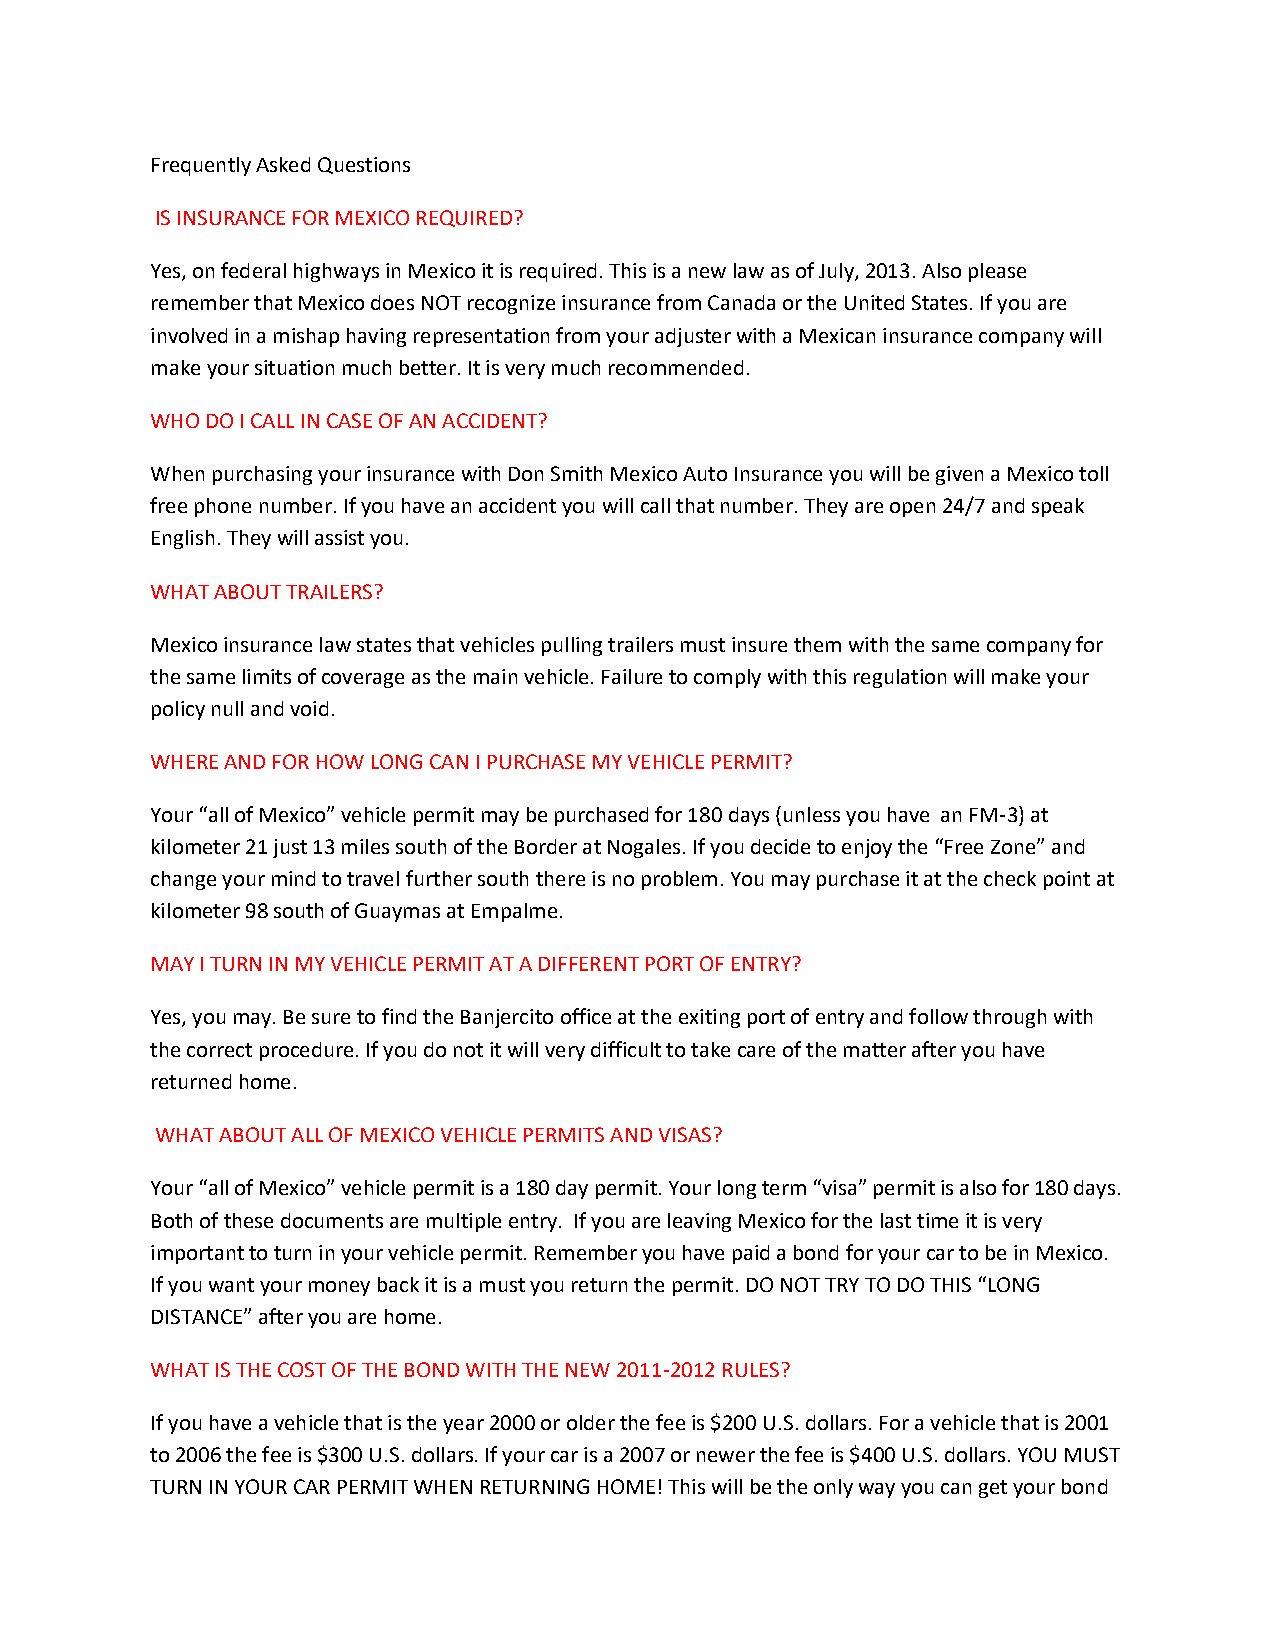
Frequently Asked Questions
 IS INSURANCE FOR MEXICO REQUIRED?
 Yes, on federal highways in Mexico it is required. This is a new law as of July, 2013. Also please
 remember that Mexico does NOT recognize insurance from Canada or the United States. If you are
 involved in a mishap having representation from your adjuster with a Mexican insurance company will
 make your situation much better. It is very much recommended.
 WHO DO I CALL IN CASE OF AN ACCIDENT?
 When purchasing your insurance with Don Smith Mexico Auto Insurance you will be given a Mexico toll
 free phone number. If you have an accident you will call that number. They are open 24/7 and speak
 English. They will assist you.
 WHAT ABOUT TRAILERS?
 Mexico insurance law states that vehicles pulling trailers must insure them with the same company for
 the same limits of coverage as the main vehicle. Failure to comply with this regulation will make your
 policy null and void.
 WHERE AND FOR HOW LONG CAN I PURCHASE MY VEHICLE PERMIT?
 Your “all of Mexico” vehicle permit may be purchased for 180 days (unless you have an FM-3) at
 kilometer 21 just 13 miles south of the Border at Nogales. If you decide to enjoy the “Free Zone” and
 change your mind to travel further south there is no problem. You may purchase it at the check point at
 kilometer 98 south of Guaymas at Empalme.
 MAY I TURN IN MY VEHICLE PERMIT AT A DIFFERENT PORT OF ENTRY?
 Yes, you may. Be sure to find the Banjercito office at the exiting port of entry and follow through with
 the correct procedure. If you do not it will very difficult to take care of the matter after you have
 returned home.
 WHAT ABOUT ALL OF MEXICO VEHICLE PERMITS AND VISAS?
 Your “all of Mexico” vehicle permit is a 180 day permit. Your long term “visa” permit is also for 180 days.
 Both of these documents are multiple entry. If you are leaving Mexico for the last time it is very
 important to turn in your vehicle permit. Remember you have paid a bond for your car to be in Mexico.
 If you want your money back it is a must you return the permit. DO NOT TRY TO DO THIS “LONG
 DISTANCE” after you are home.
 WHAT IS THE COST OF THE BOND WITH THE NEW 2011-2012 RULES?
 If you have a vehicle that is the year 2000 or older the fee is $200 U.S. dollars. For a vehicle that is 2001
 to 2006 the fee is $300 U.S. dollars. If your car is a 2007 or newer the fee is $400 U.S. dollars. YOU MUST
 TURN IN YOUR CAR PERMIT WHEN RETURNING HOME! This will be the only way you can get your bond